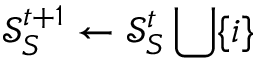
\mathcal { S } _ { S } ^ { t + 1 } \leftarrow \mathcal { S } _ { S } ^ { t } \bigcup \{ i \}